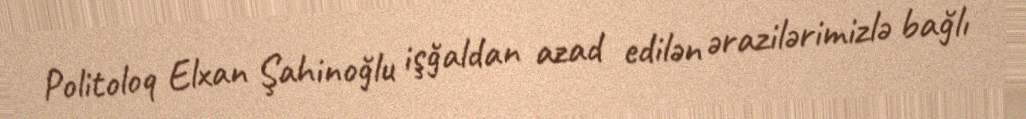
Politoloq Elxan Şahinoğlu işğaldan azad edilən ərazilərimizlə bağlı